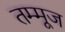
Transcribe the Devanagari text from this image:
तम्मूज